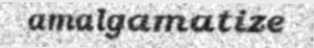
amalgamatize